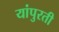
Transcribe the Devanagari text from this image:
यांपुरती